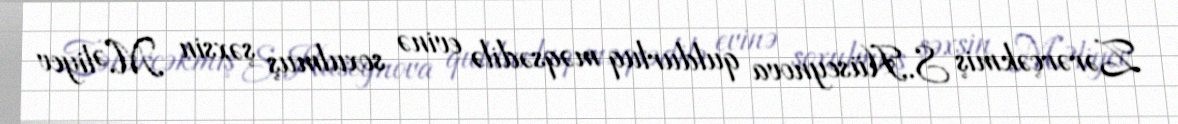
Zərərçəkmiş S.Hüseynova quldurluq məqsədilə evinə soxulmuş şəxsin M.Əliyev